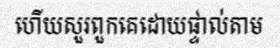
ហើយសួរពួកគេដោយផ្ទាល់តាម